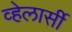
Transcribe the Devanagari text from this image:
व्हेलार्सी